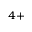
^ { 4 + }